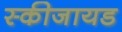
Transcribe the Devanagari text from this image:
स्कीजायड